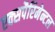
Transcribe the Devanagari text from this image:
एक्सपैरिमेन्टल